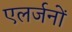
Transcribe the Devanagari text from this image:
एलर्जनों